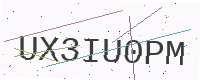
Text: UX3IU0PM